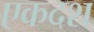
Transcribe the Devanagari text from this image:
एकदश